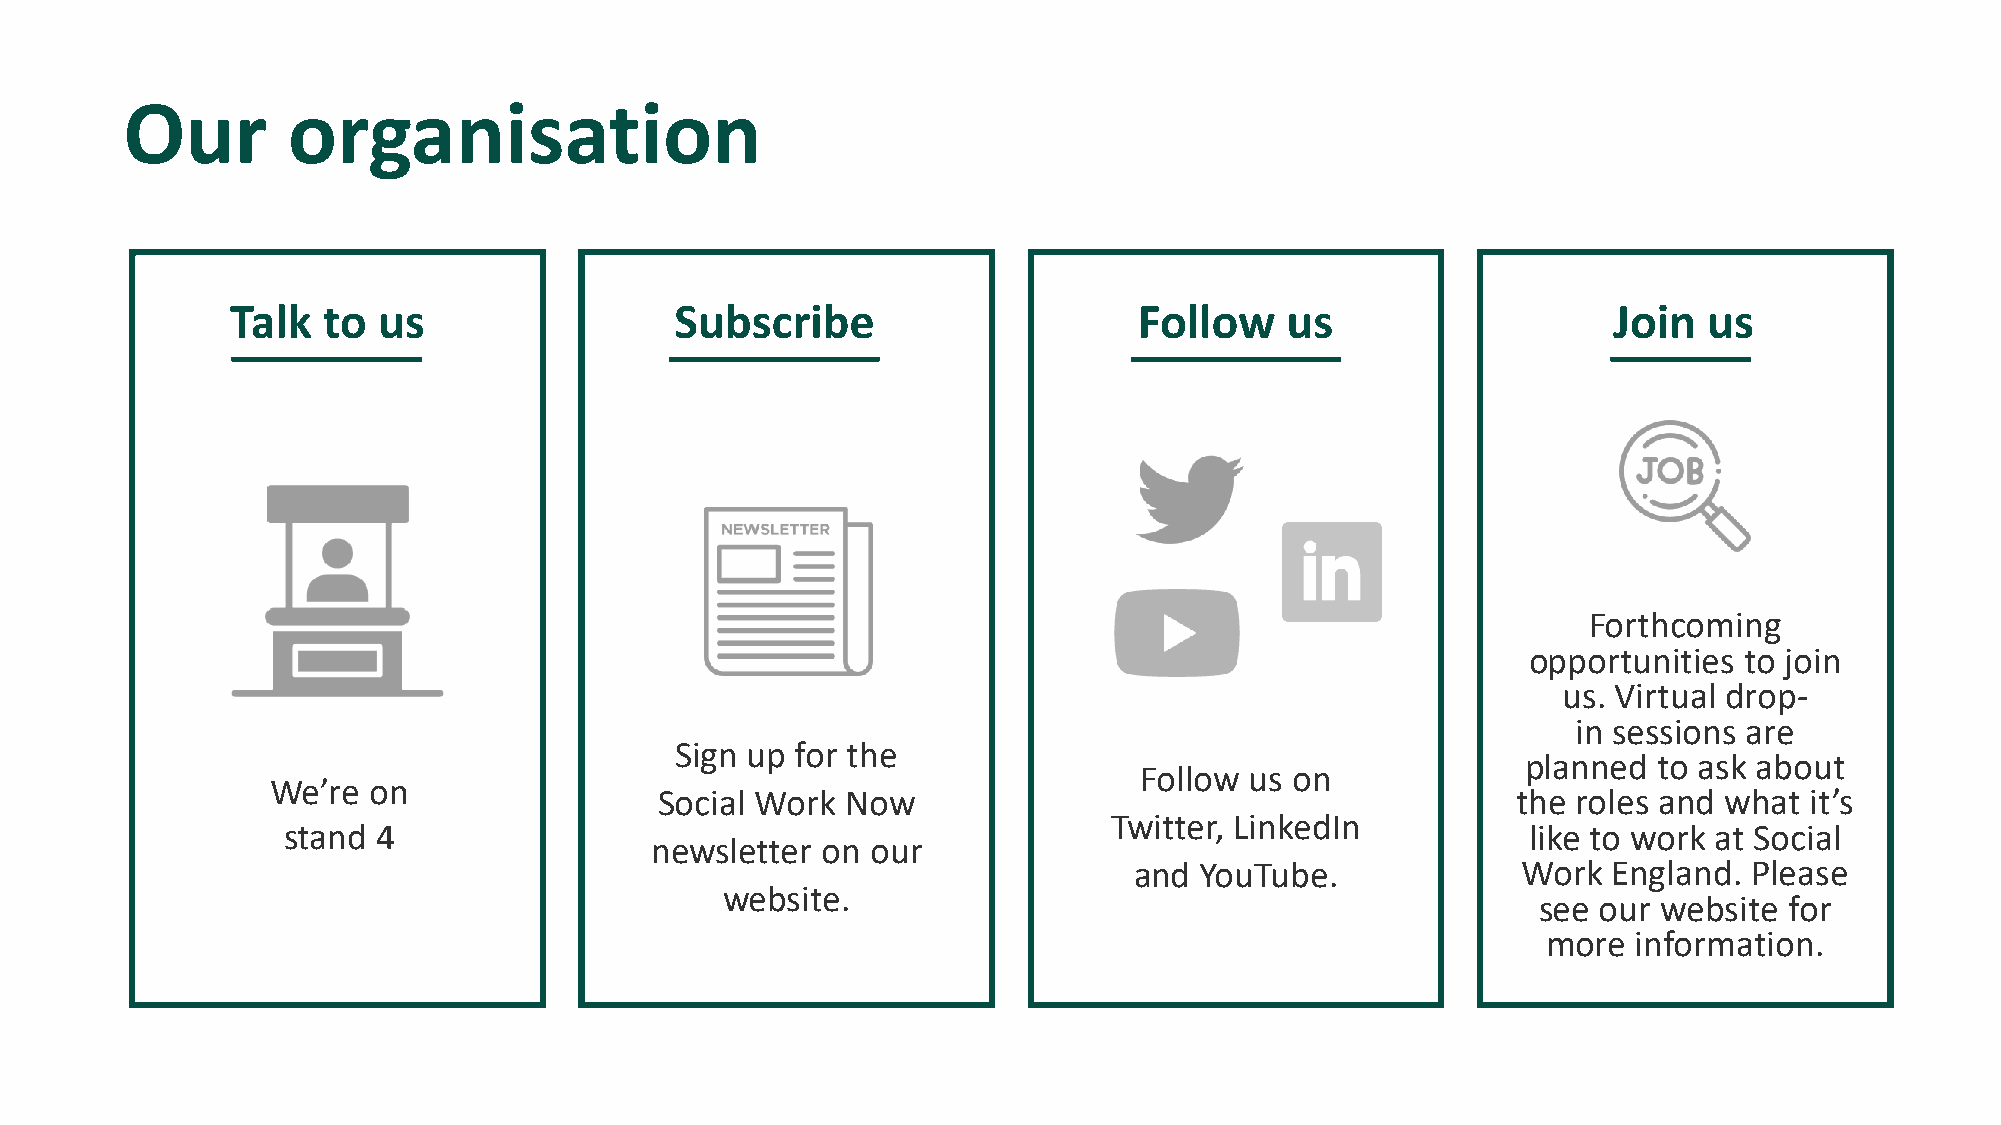
Our        organisation
 Talk  to  us                  Subscribe                     Follow    us                    Join  us
 Forthcoming
 opportunities to join
 us. Virtual drop-
 in sessions are
 Sign up for the
 planned  to ask about
 Follow  us on
 We’re on
 Social Work Now                                         the roles and what  it’s
 Twitter, LinkedIn
 stand 4                                                                           like to work at Social
 newsletter on  our
 and YouTube.              Work  England. Please
 website.
 see our website for
 more  information.